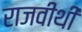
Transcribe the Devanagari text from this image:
राजवीथी